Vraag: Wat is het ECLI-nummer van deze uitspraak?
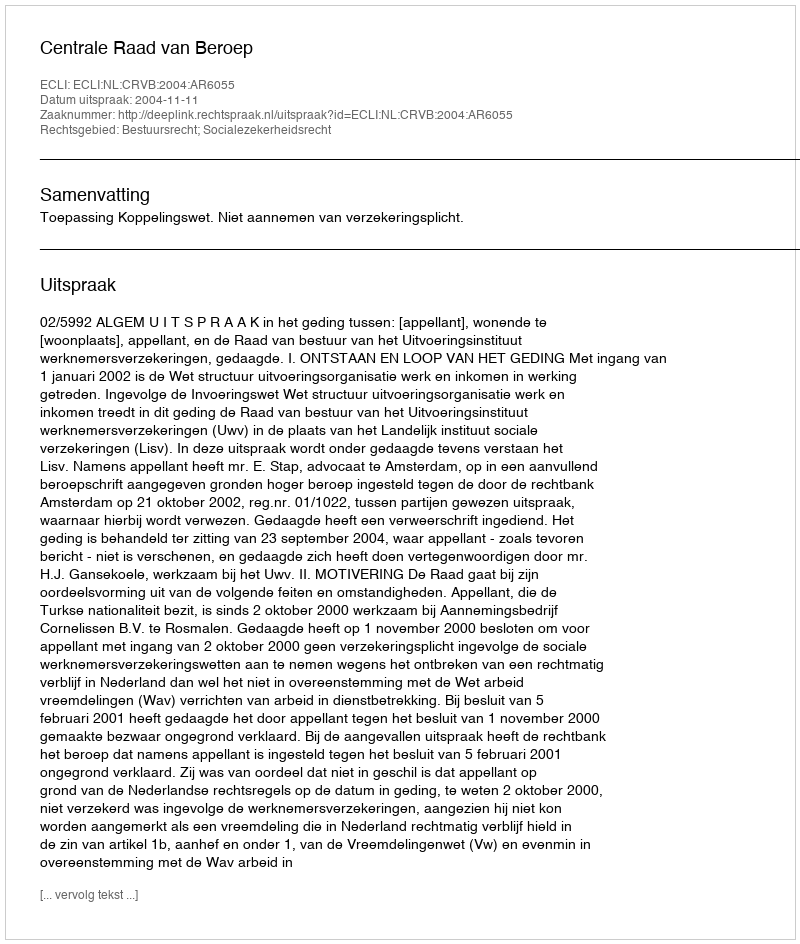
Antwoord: ECLI:NL:CRVB:2004:AR6055